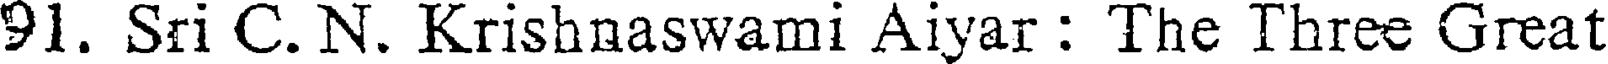
91. Sri C. N. Krishnaswami Aiyar : The Three Great